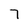
Character: 7